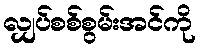
လျှပ်စစ်စွမ်းအင်ကို